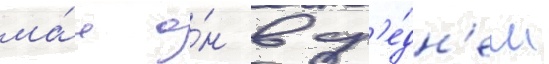
ма́я о́н в ср'е́дн'ем